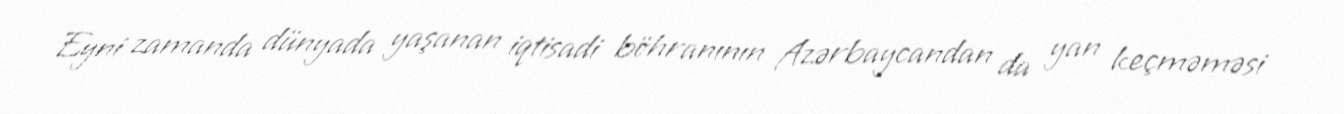
Eyni zamanda dünyada yaşanan iqtisadi böhranının Azərbaycandan da yan keçməməsi